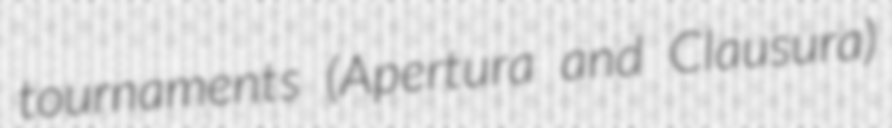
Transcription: tournaments (Apertura and Clausura)